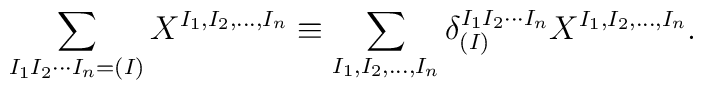
\sum_{I_1 I_2 \cdots I_n = (I)} X^{I_1, I_2, \ldots, I_n} \equiv   \sum_{I_1, I_2, \ldots, I_n} \delta^{I_1 I_2 \cdots I_n}_{(I)}   X^{I_1, I_2, \ldots, I_n}.